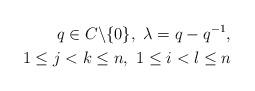
LaTeX: \begin{align*}q \in C \backslash \{0\},\ \lambda = q-q^{-1} ,\\ 1 \leq j < k \leq n,\ 1 \leq i < l \leq n\end{align*}